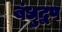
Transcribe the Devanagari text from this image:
बंधुद्वप